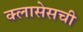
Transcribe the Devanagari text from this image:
क्लासेसची